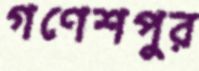
গণেশপুর